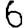
Digit: 6